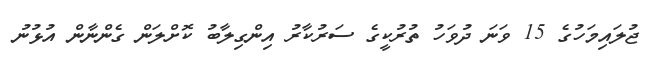
ޖުލައިމަހުގެ 15 ވަނަ ދުވަހު ތުރުކީގެ ސަރުކާރު އިންގިލާބު ކޮށްލަން ގެންނާން އުޅުނު